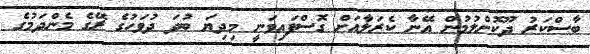
ބާސްކަރު ދޫކޮށްލުމުން އޭނާ ކެރަލާއަށް ގޮސްފައިވަނީ މިދިޔަ ބުދަ ދުވަހުގެ ރޭގެ މެންދަމުގެ